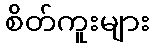
စိတ်ကူးများ